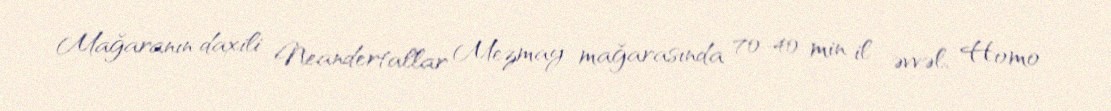
Mağaranın daxili Neandertallar Mezmay mağarasında 70-40 min il əvvəl, Homo